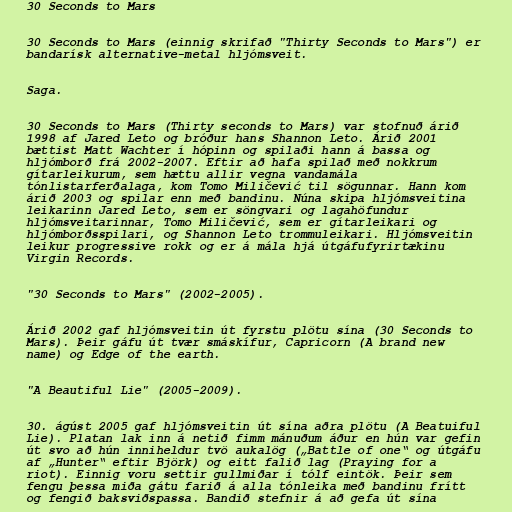
30 Seconds to Mars

30 Seconds to Mars (einnig skrifað "Thirty Seconds to Mars") er
bandarísk alternative-metal hljómsveit.

Saga.

30 Seconds to Mars (Thirty seconds to Mars) var stofnuð árið
1998 af Jared Leto og bróður hans Shannon Leto. Árið 2001
bættist Matt Wachter í hópinn og spilaði hann á bassa og
hljómborð frá 2002-2007. Eftir að hafa spilað með nokkrum
gítarleikurum, sem hættu allir vegna vandamála
tónlistarferðalaga, kom Tomo Miličević til sögunnar. Hann kom
árið 2003 og spilar enn með bandinu. Núna skipa hljómsveitina
leikarinn Jared Leto, sem er söngvari og lagahöfundur
hljómsveitarinnar, Tomo Miličević, sem er gítarleikari og
hljómborðsspilari, og Shannon Leto trommuleikari. Hljómsveitin
leikur progressive rokk og er á mála hjá útgáfufyrirtækinu
Virgin Records.

"30 Seconds to Mars" (2002-2005).

Árið 2002 gaf hljómsveitin út fyrstu plötu sína (30 Seconds to
Mars). Þeir gáfu út tvær smáskífur, Capricorn (A brand new
name) og Edge of the earth.

"A Beautiful Lie" (2005-2009).

30. ágúst 2005 gaf hljómsveitin út sína aðra plötu (A Beatuiful
Lie). Platan lak inn á netið fimm mánuðum áður en hún var gefin
út svo að hún inniheldur tvö aukalög („Battle of one“ og útgáfu
af „Hunter“ eftir Björk) og eitt falið lag (Praying for a
riot). Einnig voru settir gullmiðar í tólf eintök. Þeir sem
fengu þessa miða gátu farið á alla tónleika með bandinu frítt
og fengið baksviðspassa. Bandið stefnir á að gefa út sína